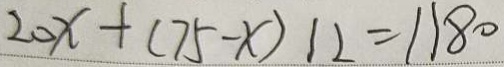
2 0 x + ( 7 5 - x ) 1 2 = 1 1 8 0